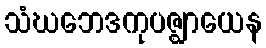
သံဃဘေဒကုပဇ္ဈာယေန